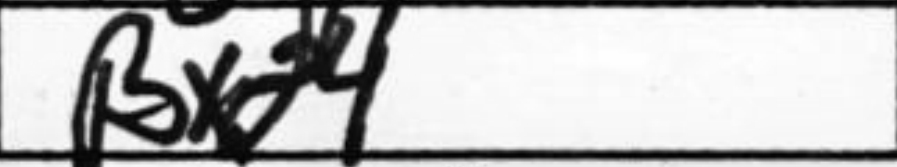
Transcription: Bxd4